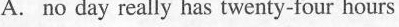
A. no day really has twenty-four hours